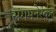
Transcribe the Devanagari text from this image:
संगमनेरकर